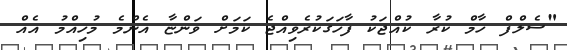
"ސެލްފް ހާމް ކުރާ ކުއްޖަކު ފާހަގަކުރެވިއްޖެ ކަމަށް ވަންޏާ އެންމެ މުހިއްމު އެއް